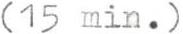
(15 min.)